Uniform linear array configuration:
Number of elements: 16
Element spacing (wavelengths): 0.75
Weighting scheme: kaiser
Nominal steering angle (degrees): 60
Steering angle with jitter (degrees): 59.293
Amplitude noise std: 0.05
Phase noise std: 0.05

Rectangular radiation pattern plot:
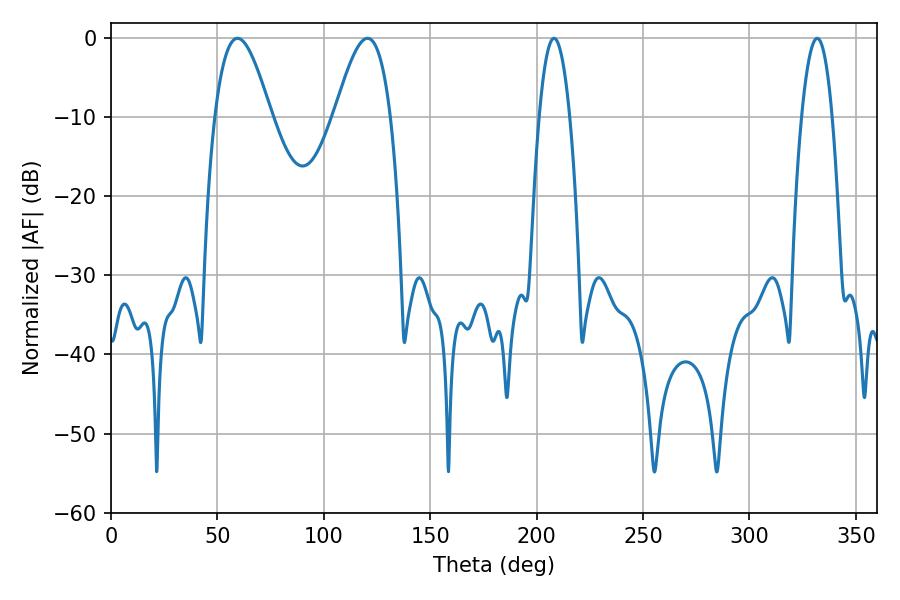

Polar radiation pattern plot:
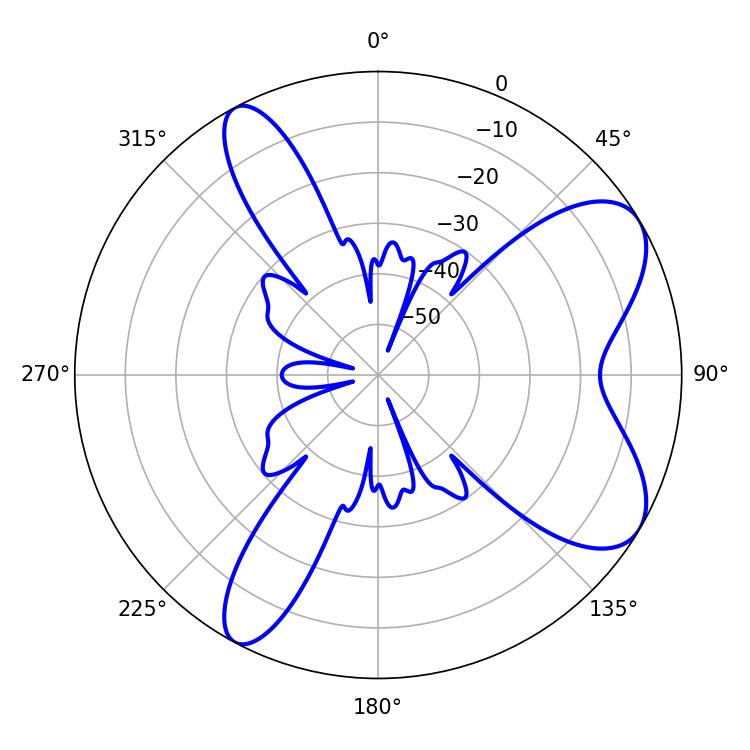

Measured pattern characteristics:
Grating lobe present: TRUE
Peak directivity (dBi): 7.653
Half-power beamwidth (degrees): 14.22
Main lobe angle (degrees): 59.4